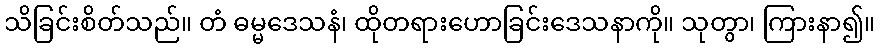
သိခြင်းစိတ်သည်။ တံ ဓမ္မဒေသနံ၊ ထိုတရားဟောခြင်းဒေသနာကို။ သုတွာ၊ ကြားနာ၍။